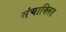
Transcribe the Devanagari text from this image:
संचाक्लित